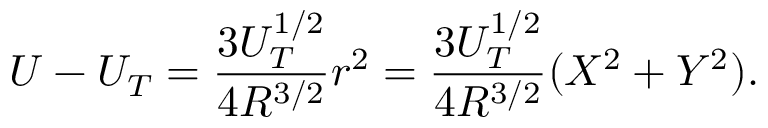
U - U _ { T } = \frac { 3 U _ { T } ^ { 1 / 2 } } { 4 R ^ { 3 / 2 } } r ^ { 2 } = \frac { 3 U _ { T } ^ { 1 / 2 } } { 4 R ^ { 3 / 2 } } ( X ^ { 2 } + Y ^ { 2 } ) .